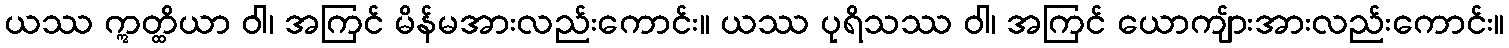
ယဿ ဣတ္ထိယာ ဝါ၊ အကြင် မိန်မအားလည်းကောင်း။ ယဿ ပုရိသဿ ဝါ၊ အကြင် ယောကျ်ားအားလည်းကောင်း။